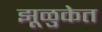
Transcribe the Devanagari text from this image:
झूळुकेत